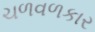
ચળવળકાર